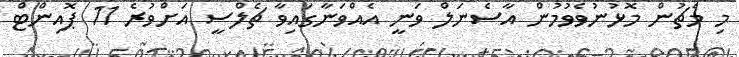
މި މެޗުން މޮޅުނުވެވުމުން އާސެނަލް ވަނީ އެއްވަނާގައިވާ ޗެލްސީ އަށްވުރެ 11 ޕޮއިންޓް